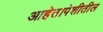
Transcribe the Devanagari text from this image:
आहेत।पेशीतील